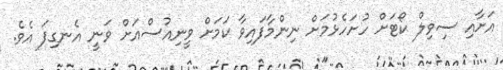
އަށާއި ސިވިލް ކޯޓަށް ހުށަހެޅުމަށް ނިންމާފައިވާ ކަމަށް ވީނިއުސްއަށް ވަނީ އެނގިފަ އެވެ.